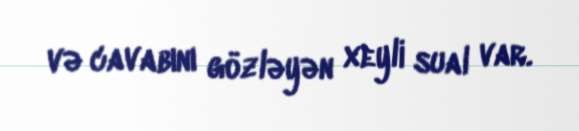
və cavabını gözləyən xeyli sual var.